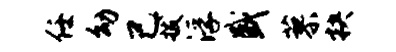
任幼己拔浮盛蓼抉